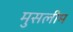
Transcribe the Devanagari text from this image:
मुसलीम